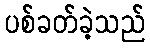
ပစ်ခတ်ခဲ့သည်